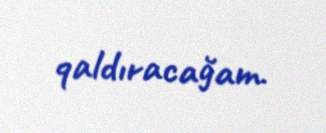
qaldıracağam.